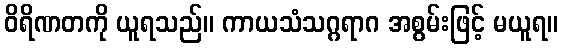
ဝိရိဏတကို ယူရသည်။ ကာယသံသဂ္ဂရာဂ အစွမ်းဖြင့် မယူရ။